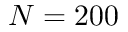
N = 2 0 0